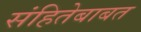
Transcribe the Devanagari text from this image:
संहितेबाबत